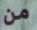
من